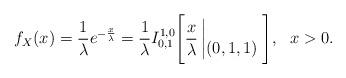
LaTeX: \begin{align*}f_X(x)=\frac{1}{\lambda}e^{-\frac{x}{\lambda}}=\frac{1}{\lambda}I^{1,0}_{0,1}\Bigg[\frac{x}{\lambda}\left|\begin{matrix} \\ (0,1,1) \end{matrix}\right.\Bigg],\ \ x>0.\end{align*}